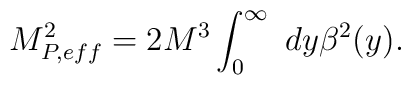
M^2_{P,eff}=2M^3\int_0^\infty\ dy\beta^2(y).